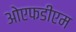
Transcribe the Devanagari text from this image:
ओएफडीएम